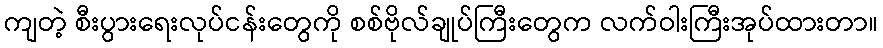
ကျတဲ့ စီးပွားရေးလုပ်ငန်းတွေကို စစ်ဗိုလ်ချုပ်ကြီးတွေက လက်ဝါးကြီးအုပ်ထားတာ။